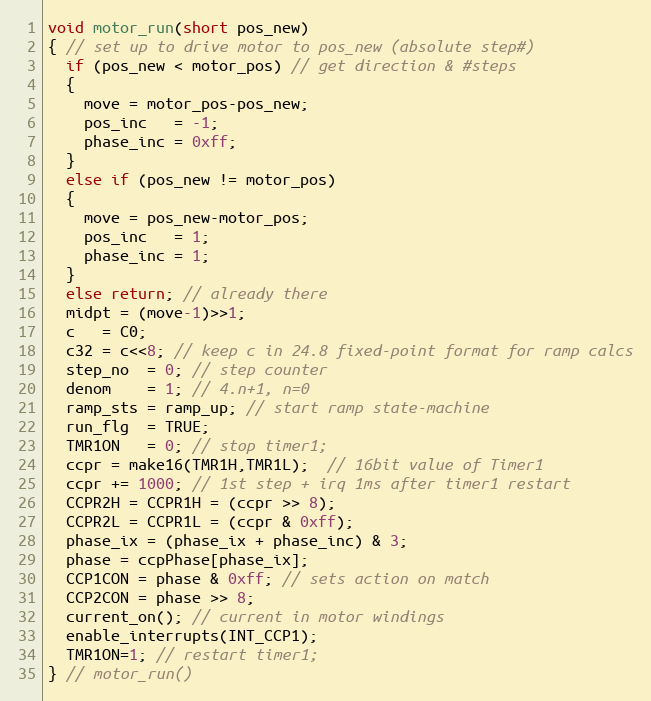
Language: C
void motor_run(short pos_new)
{ // set up to drive motor to pos_new (absolute step#)
  if (pos_new < motor_pos) // get direction & #steps
  {
    move = motor_pos-pos_new;
    pos_inc   = -1;
    phase_inc = 0xff;
  }
  else if (pos_new != motor_pos)
  {
    move = pos_new-motor_pos;
    pos_inc   = 1;
    phase_inc = 1;
  }
  else return; // already there
  midpt = (move-1)>>1;
  c   = C0;
  c32 = c<<8; // keep c in 24.8 fixed-point format for ramp calcs
  step_no  = 0; // step counter
  denom    = 1; // 4.n+1, n=0
  ramp_sts = ramp_up; // start ramp state-machine
  run_flg  = TRUE;
  TMR1ON   = 0; // stop timer1;
  ccpr = make16(TMR1H,TMR1L);  // 16bit value of Timer1
  ccpr += 1000; // 1st step + irq 1ms after timer1 restart
  CCPR2H = CCPR1H = (ccpr >> 8);
  CCPR2L = CCPR1L = (ccpr & 0xff);
  phase_ix = (phase_ix + phase_inc) & 3;
  phase = ccpPhase[phase_ix];
  CCP1CON = phase & 0xff; // sets action on match
  CCP2CON = phase >> 8;
  current_on(); // current in motor windings
  enable_interrupts(INT_CCP1);
  TMR1ON=1; // restart timer1;
} // motor_run()